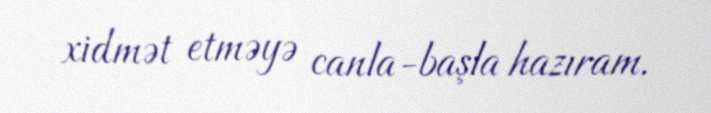
xidmət etməyə canla-başla hazıram.